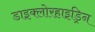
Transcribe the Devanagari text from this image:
डाइक्लोरहाइड्रिन